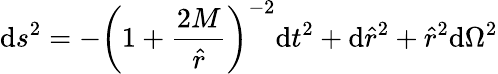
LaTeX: \mathrm{d}s^{2}=-\left(1+\frac{{2M}}{{\hat{{r}}}}\right)^{-2}\mathrm{d}t^{2}+\mathrm{d}{\hat{{r}}}^{2}+{\hat{{r}}}^{2}\mathrm{d}\Omega^{2}